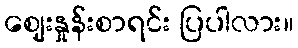
ဈေးနှုန်းစာရင်း ပြပါလား။